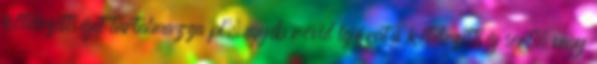
kötelezettséget tartalmazza pl. egyéb rövid lejáratú kötelezettség sort, vagy